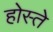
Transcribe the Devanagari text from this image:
होस्ते